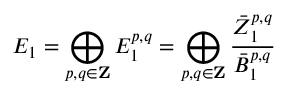
E _ { 1 } = \bigoplus _ { p , q \in \mathbf { Z } } E _ { 1 } ^ { p , q } = \bigoplus _ { p , q \in \mathbf { Z } } { \frac { { \bar { Z } } _ { 1 } ^ { p , q } } { { \bar { B } } _ { 1 } ^ { p , q } } }